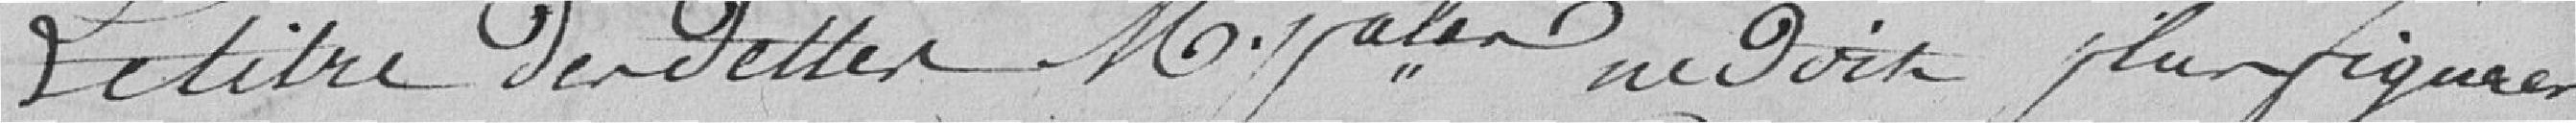
Le titre des Dettes Municipales ne doit plus y figurer